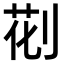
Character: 𠝐